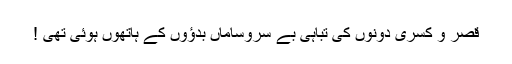
قصر و کسریٰ دونوں کی تباہی بے سروساماں بدﺅوں کے ہاتھوں ہوئی تھی !